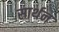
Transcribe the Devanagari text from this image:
सार्थन